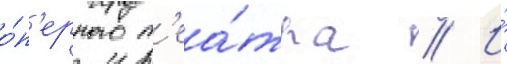
о́п'ерного т'еа́тра // И́